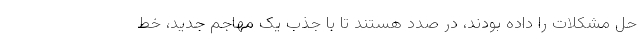
حل مشکلات را داده بودند، در صدد هستند تا با جذب یک مهاجم جدید، خط